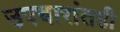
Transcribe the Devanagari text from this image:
उपचारांतही